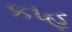
કાહૂ